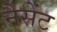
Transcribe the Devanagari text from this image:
नैसेंट